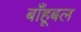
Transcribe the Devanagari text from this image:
बाँहूबल